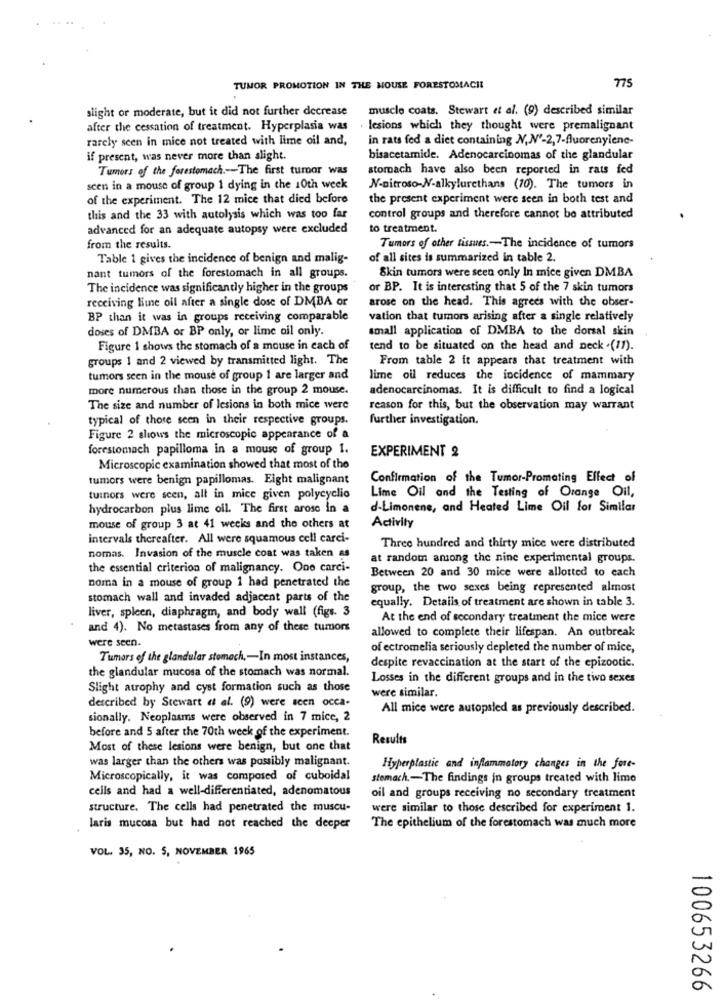
775
TUMOR PROMOTION IN THE MOUSE FORESTOMACIL
slight or moderate, but it did not further decrease
muscle coats. Stewart et al. (9) described similar
after the cessation of treatment. Hyperplasia was
lesions which they thought were premalignant
rarely seen in mice not treated with lime oil and,
in rats fed a diet containing N,N'-2,7-fluorenyiene-
if present, was never more than alight.
bisacetamide. Adenocarcinomas of the glandular
Tumors of the forestomach .-- The first turbor was
stomach have also been reported in rats fed
scen in a mouse of group 1 dying in the 10th week
N-nitroso-N-alkylurethans (10). The tumors in
of the experiment. The 12 mice that died before
the present experiment were seen in both test and
this and the 33 with autolysis which was too far
control groups and therefore cannot be attributed
advanced for an adequate autopsy were excluded
to treatment.
from the results.
Tumors of other tissues .- The incidence of tumors
Table 1 gives the incidence of benign and malig-
of all sites is summarized in table 2.
Skin tumors were seen only In mice given DMBA
nant tumors of the forestomach in all groups.
The incidence was significantly higher in the groups
or BP. It is interesting that 5 of the 7 skin tumors
receiving lime oil after a single dose of DMBA or
arose on the head. This agrees with the obser-
BP than it was in groups receiving comparable
vation that tumors arising after a single relatively
doses of DMBA or BP only, or lime ail only.
small application of DMBA to the dorsal skin
Figure 1 shows the stomach of a mouse in each of
tend to be situated on the head and neck .(11).
groups 1 and 2 viewed by transmitted light. The
From table 2 it appears that treatment with
tumors seen in the mouse of group 1 are larger and
lime oil reduces the incidence of mammary
more numerous than those in the group 2 mouse.
adenocarcinomas. It is difficult to find a logical
The size and number of lesions in both mice were
reason for this, but the observation may warrant
typical of those seen in their respective groups.
further investigation.
Figure 2 shows the microscopic appearance of a
forestomach papilloma in a mouse of group 1.
EXPERIMENT 2
Microscopic examination showed that most of the
tumors were benign papillomas. Eight malignant
Confirmation of the Tumor-Promoting Effect of
Lime Oil and the Testing of Orange Oil,
tuinors were seen, all in mice given polycyclio
hydrocarbon plus lime oil. The first arose in a
d-Limonene, and Heated Lime Oil for Similar
Activity
mouse of group 3 at 41 weeks and the others at
intervals thereafter. All were squamous cell carei-
Three hundred and thirty mice were distributed
nomas. Invasion of the muscle coat was taken as
at random among the nine experimental groups.
the essential criterion of malignancy. One carci-
Between 20 and 30 mice were allotted to each
noma in a mouse of group 1 had penetrated the
group, the two sexes being represented almost
stomach wall and invaded adjacent parts of the
equally. Details of treatment are shown in table 3.
liver, spleen, diaphragm, and body wall (figs. 3
At the end of secondary treatment the mice were
and 4). No metastases from any of these tumors
allowed to complete their lifespan. An outbreak
were seen.
of ectromelia seriously depleted the number of mice,
Tumors of the glandular stomach ,- In most instances,
despite revaccination at the start of the epizootic.
the glandular mucosa of the stomach was normal.
Losses in the different groups and in the tivo sexes
Slight atrophy and cyst formation such as those
were similar.
described by Stewart et al. (9) were scen occa-
All mice were autopsled as previously described.
sionally. Neoplasms were observed in 7 mice, 2
before and 5 after the 70th week of the experiment.
Results
Most of these lesions were benign, but one that
was larger than the others was possibly malignant.
Hyperplastic and inflammatory changes in the fore-
Microscopically, it was composed of cuboidal
stomach .- The findings in groups treated with lime
cells and had a well-differentiated, adenomatous
oil and groups receiving no secondary treatment
structure. The cells had penetrated the muscu-
were similar to those described for experiment 1.
laris mucosa but had not reached the deeper
The epithelium of the forestomach was much more
VOL. 35, NO. 5, NOVEMBER 1965
100653266